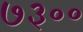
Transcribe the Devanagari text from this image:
७३००